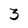
Character: 3